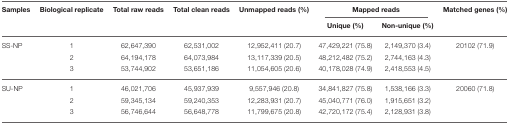
| Samples | Biological replicate | Total raw reads | Total clean reads | Unmapped reads (%) | <COLSPAN=2> Mapped reads | Matched genes (%) |
 |  |  |  |  |  | Unique (%) | Non-unique (%) |  |
 | --- | --- | --- | --- | --- | --- | --- | --- |
 | SS-NP | 1 | 62,647,390 | 62,531,002 | 12,952,411 (20.7) | 47,429,221 (75.8) | 2,149,370 (3.4) | 20102 (71.9) |
 |  | 2 | 64,194,178 | 64,073,984 | 13,117,339 (20.5) | 48,212,482 (75.2) | 2,744,163 (4.3) |  |
 |  | 3 | 53,744,902 | 53,651,186 | 11,054,605 (20.6) | 40,178,028 (74.9) | 2,418,553 (4.5) |  |
 | SU-NP | 1 | 46,021,706 | 45,937,939 | 9,557,946 (20.8) | 34,841,827 (75.8) | 1,538,166 (3.3) | 20060 (71.8) |
 |  | 2 | 59,345,134 | 59,240,353 | 12,283,931 (20.7) | 45,040,771 (76.0) | 1,915,651 (3.2) |  |
 |  | 3 | 56,746,644 | 56,648,778 | 11,799,675 (20.8) | 42,720,172 (75.4) | 2,128,931 (3.8) |  |